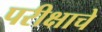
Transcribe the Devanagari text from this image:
परीक्षाचे